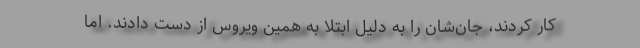
کار کردند، جان‌شان را به دلیل ابتلا به همین ویروس از دست دادند. اما